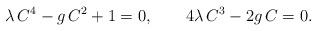
\begin{align*}\lambda\,C^4-g\,C^2+1=0, \qquad 4\lambda \,C^3-2g\,C=0.\end{align*}